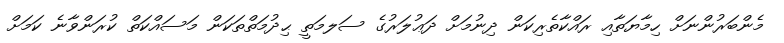
މެންބަރުންނަށް ހިމާޔަތާއި ރައްކާތެރިކަން ދިނުމަށް ދަޢުލަރުގެ ސަލމަތީ ޙިދުމަތްތަކަން މަސައްކަތް ކުރަންވާނެ ކަމަށް